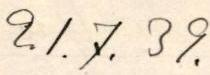
21.7. 39